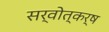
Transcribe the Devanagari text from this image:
सर्वोत्कर्ष